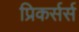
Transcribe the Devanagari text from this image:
प्रिकर्सर्स